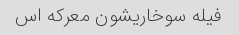
فیله سوخاریشون معرکه اس